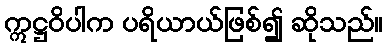
ဣဋ္ဌဝိပါက ပရိယာယ်ဖြစ်၍ ဆိုသည်။